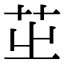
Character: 𦭩